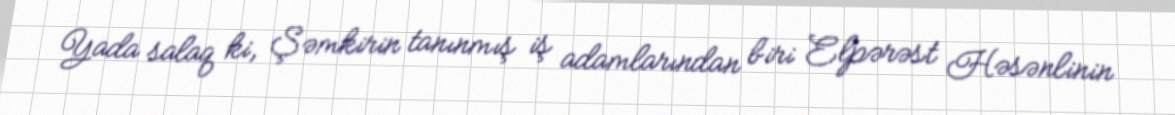
Yada salaq ki, Şəmkirin tanınmış iş adamlarından biri Elpərəst Həsənlinin